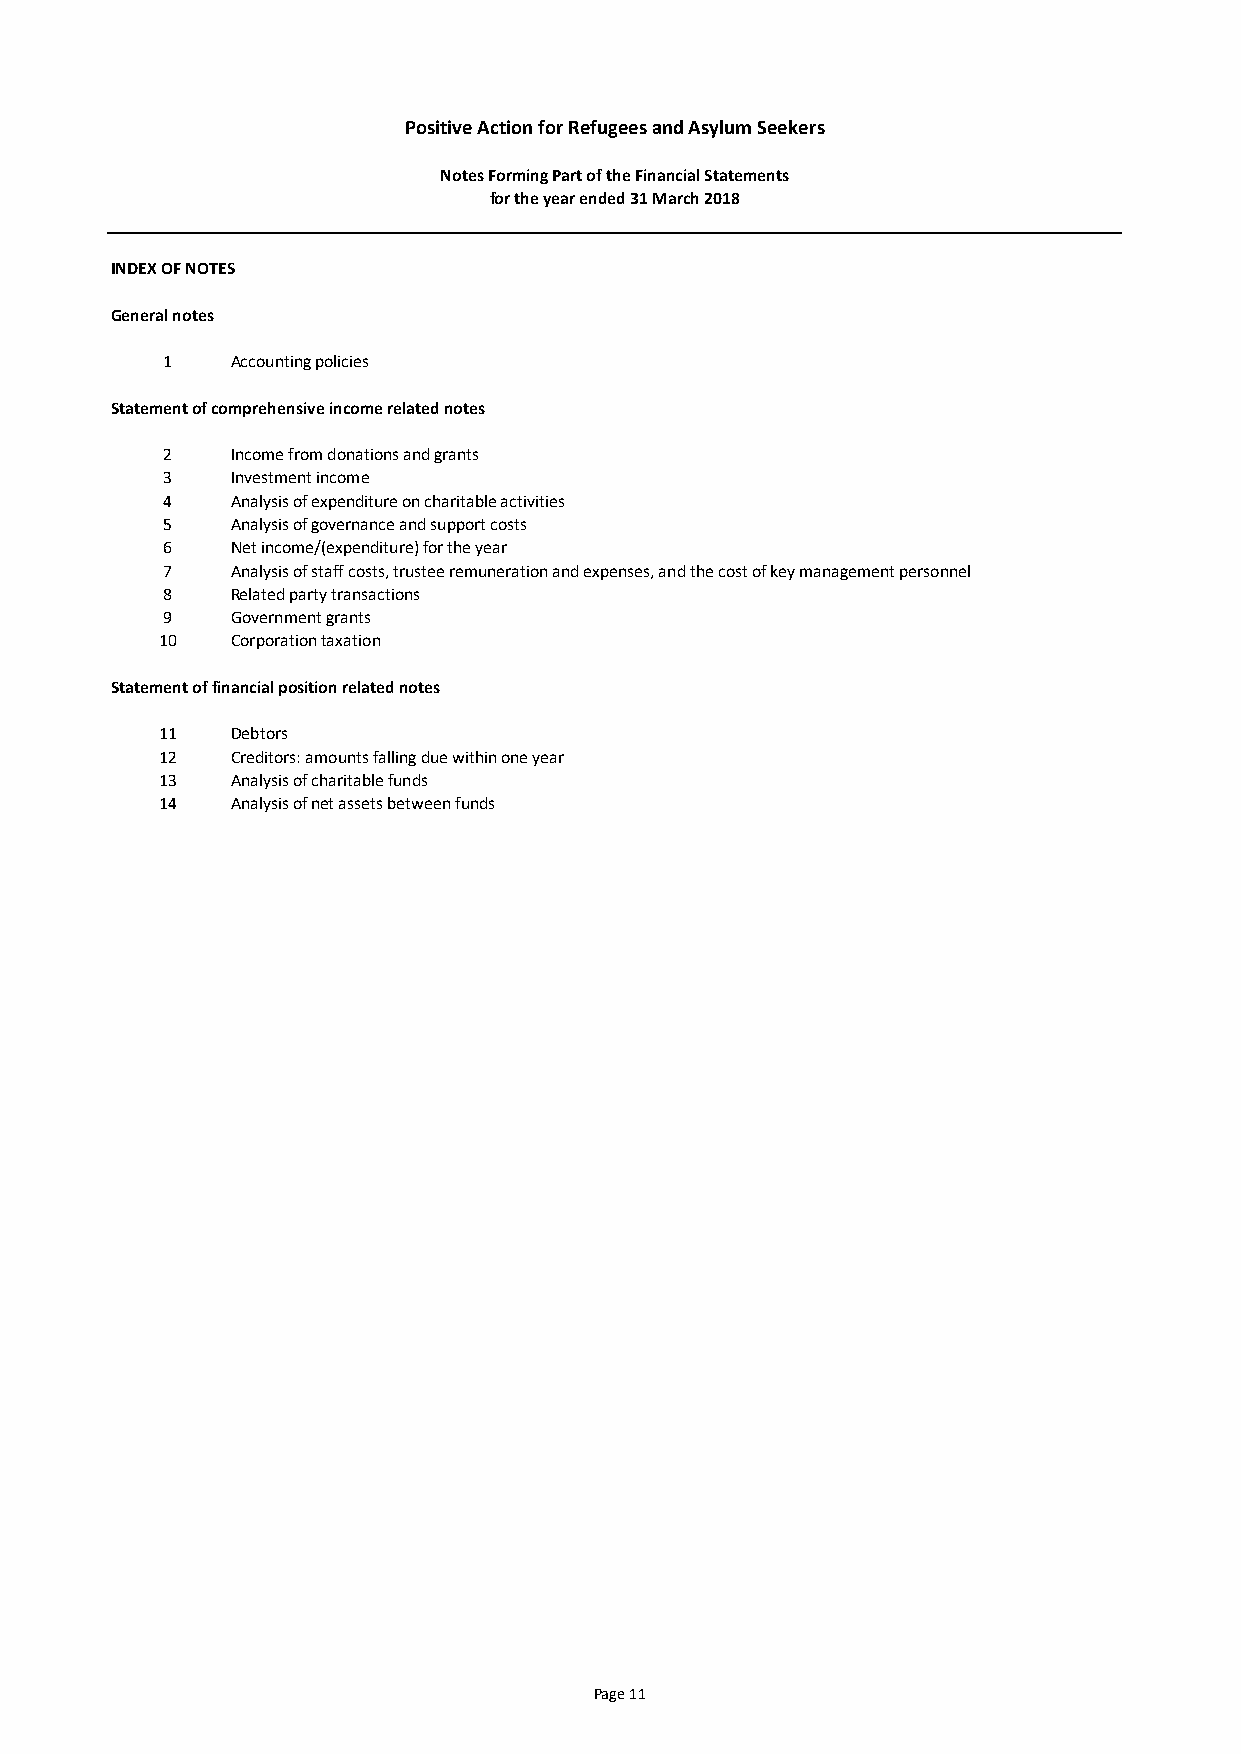
Positive Action for Refugees and Asylum Seekers
 Notes Forming Part of the Financial Statements
 for the year ended 31 March 2018
 INDEX OF NOTES
 General notes
 1   Accounting policies
 Statement of comprehensive income related notes
 2   Income from donations and grants
 3   Investment income
 4   Analysis of expenditure on charitable activities
 5   Analysis of governance and support costs
 6   Net income/(expenditure) for the year
 7   Analysis of staff costs, trustee remuneration and expenses, and the cost of key management personnel
 8   Related party transactions
 9   Government grants
 10  Corporation taxation
 Statement of financial position related notes
 11  Debtors
 12  Creditors: amounts falling due within one year
 13  Analysis of charitable funds
 14  Analysis of net assets between funds
 Page 11